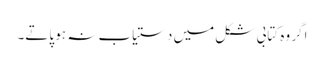
اگر وہ کتابی شکل میں دستیاب نہ ہو پاتے۔